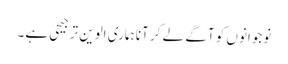
نوجوانوں کو آگے لے کر آنا ہماری الوین ترجیحی ہے۔